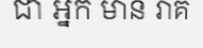
ជា អ្នក មាន រាគ